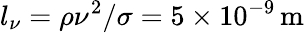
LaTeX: l_{\nu}=\rho\nu^{2}/\sigma=5\times 10^{-9}\, \mathrm{m}